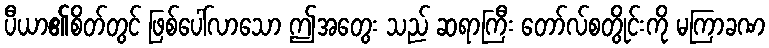
ပီယာ၏စိတ်တွင် ဖြစ်ပေါ်လာသော ဤအတွေး သည် ဆရာကြီး တော်လ်စတွိုင်းကို မကြာခဏ